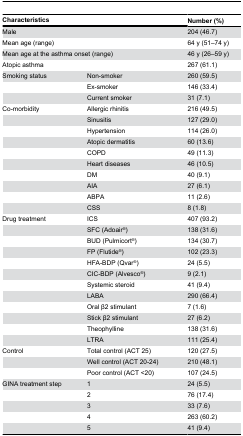
<table><thead><tr><td colspan="2"><b>Characteristics</b></td><td><b>Number (%)</b></td></tr></thead><tbody><tr><td colspan="2">Male</td><td>204 (46.7)</td></tr><tr><td colspan="2">Mean age (range)</td><td>64 y (51–74 y)</td></tr><tr><td colspan="2">Mean age at the asthma onset (range)</td><td>46 y (26–59 y)</td></tr><tr><td colspan="2">Atopic asthma</td><td>267 (61.1)</td></tr><tr><td>Smoking status</td><td>Non-smoker</td><td>260 (59.5)</td></tr><tr><td></td><td>Ex-smoker</td><td>146 (33.4)</td></tr><tr><td></td><td>Current smoker</td><td>31 (7.1)</td></tr><tr><td>Co-morbidity</td><td>Allergic rhinitis</td><td>216 (49.5)</td></tr><tr><td></td><td>Sinusitis</td><td>127 (29.0)</td></tr><tr><td></td><td>Hypertension</td><td>114 (26.0)</td></tr><tr><td></td><td>Atopic dermatitis</td><td>60 (13.6)</td></tr><tr><td></td><td>COPD</td><td>49 (11.3)</td></tr><tr><td></td><td>Heart diseases</td><td>46 (10.5)</td></tr><tr><td></td><td>DM</td><td>40 (9.1)</td></tr><tr><td></td><td>AIA</td><td>27 (6.1)</td></tr><tr><td></td><td>ABPA</td><td>11 (2.6)</td></tr><tr><td></td><td>CSS</td><td>8 (1.8)</td></tr><tr><td>Drug treatment</td><td>ICS</td><td>407 (93.2)</td></tr><tr><td></td><td>SFC (Adoair<sup>®</sup>)</td><td>138 (31.6)</td></tr><tr><td></td><td>BUD (Pulmicort<sup>®</sup>)</td><td>134 (30.7)</td></tr><tr><td></td><td>FP (Flutide<sup>®</sup>)</td><td>102 (23.3)</td></tr><tr><td></td><td>HFA-BDP (Qvar<sup>®</sup>)</td><td>24 (5.5)</td></tr><tr><td></td><td>CIC-BDP (Alvesco<sup>®</sup>)</td><td>9 (2.1)</td></tr><tr><td></td><td>Systemic steroid</td><td>41 (9.4)</td></tr><tr><td></td><td>LABA</td><td>290 (66.4)</td></tr><tr><td></td><td>Oral β2 stimulant</td><td>7 (1.6)</td></tr><tr><td></td><td>Stick β2 stimulant</td><td>27 (6.2)</td></tr><tr><td></td><td>Theophylline</td><td>138 (31.6)</td></tr><tr><td></td><td>LTRA</td><td>111 (25.4)</td></tr><tr><td>Control</td><td>Total control (ACT 25)</td><td>120 (27.5)</td></tr><tr><td></td><td>Well control (ACT 20-24)</td><td>210 (48.1)</td></tr><tr><td></td><td>Poor control (ACT &lt;20)</td><td>107 (24.5)</td></tr><tr><td>GINA treatment step</td><td>1</td><td>24 (5.5)</td></tr><tr><td></td><td>2</td><td>76 (17.4)</td></tr><tr><td></td><td>3</td><td>33 (7.6)</td></tr><tr><td></td><td>4</td><td>263 (60.2)</td></tr><tr><td></td><td>5</td><td>41 (9.4)</td></tr></tbody></table>